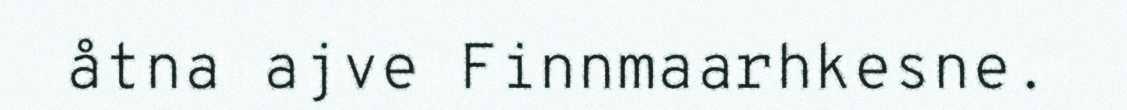
åtna ajve Finnmaarhkesne.